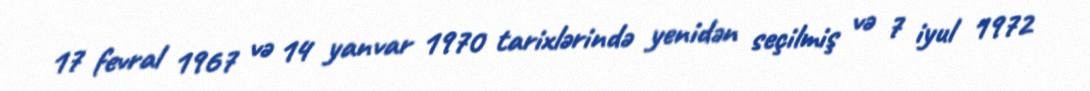
17 fevral 1967 və 14 yanvar 1970 tarixlərində yenidən seçilmiş və 7 iyul 1972